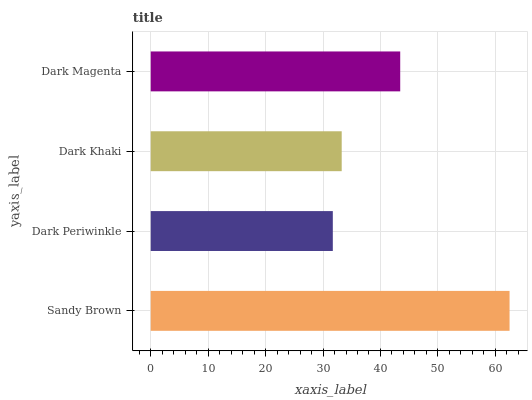
| yaxis_label | bars |
 | --- | --- |
 | Sandy Brown | 62.5 |
 | Dark Periwinkle | 31.7 |
 | Dark Khaki | 33.3 |
 | Dark Magenta | 43.4 |